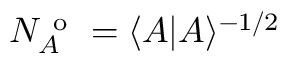
N _ { A } ^ { \mathrm { ~ o ~ } } = \langle A | A \rangle ^ { - 1 / 2 }